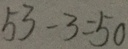
5 3 - 3 = 5 0